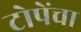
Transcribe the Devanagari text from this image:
टोपेंचा